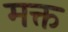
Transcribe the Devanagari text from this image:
मक्त